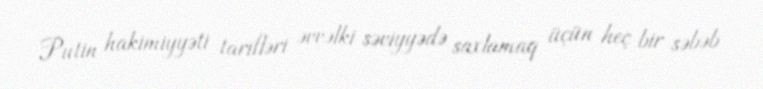
Putin hakimiyyəti tarifləri əvvəlki səviyyədə saxlamaq üçün heç bir səbəb